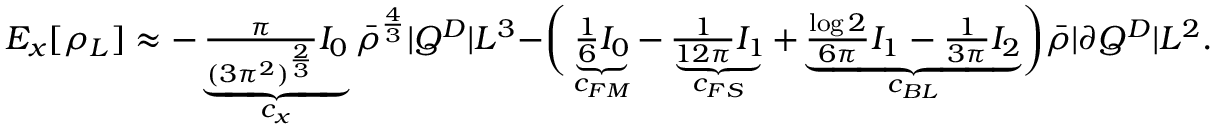
\begin{array} { r } { E _ { x } [ \rho _ { L } ] \approx - \underbrace { \frac { \pi } { ( 3 \pi ^ { 2 } ) ^ { \frac { 2 } { 3 } } } I _ { 0 } } _ { c _ { x } } \bar { \rho } ^ { \frac { 4 } { 3 } } | Q ^ { D } | L ^ { 3 } - \biggr ( \underbrace { \frac { 1 } { 6 } I _ { 0 } } _ { c _ { F M } } - \underbrace { \frac { 1 } { 1 2 \pi } I _ { 1 } } _ { c _ { F S } } + \underbrace { \frac { \log 2 } { 6 \pi } I _ { 1 } - \frac { 1 } { 3 \pi } I _ { 2 } } _ { c _ { B L } } \biggr ) \bar { \rho } | \partial Q ^ { D } | L ^ { 2 } . } \end{array}